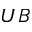
U B